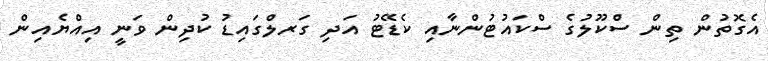
އެގޮތުން ތިން ސްކޫލުގެ ސްކައުޓުންނާއި ކެޑޭޓު އަދި ގަރލްގައިޑު ކުދިން ވަނީ އިއްޔެއިން